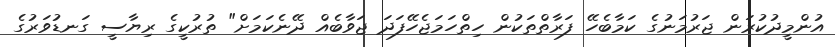
އުންމީދުކުރަން ޖަރުމަނުގެ ކަމާބެހޭ ފަރާތްތަކުން ހިތްހަމަޖެހޭފަދަ ޖަވާބެއް ދޭނެކަމަށް" ތުރުކީގެ ރިޔާސީ ގަނޑުވަރުގެ